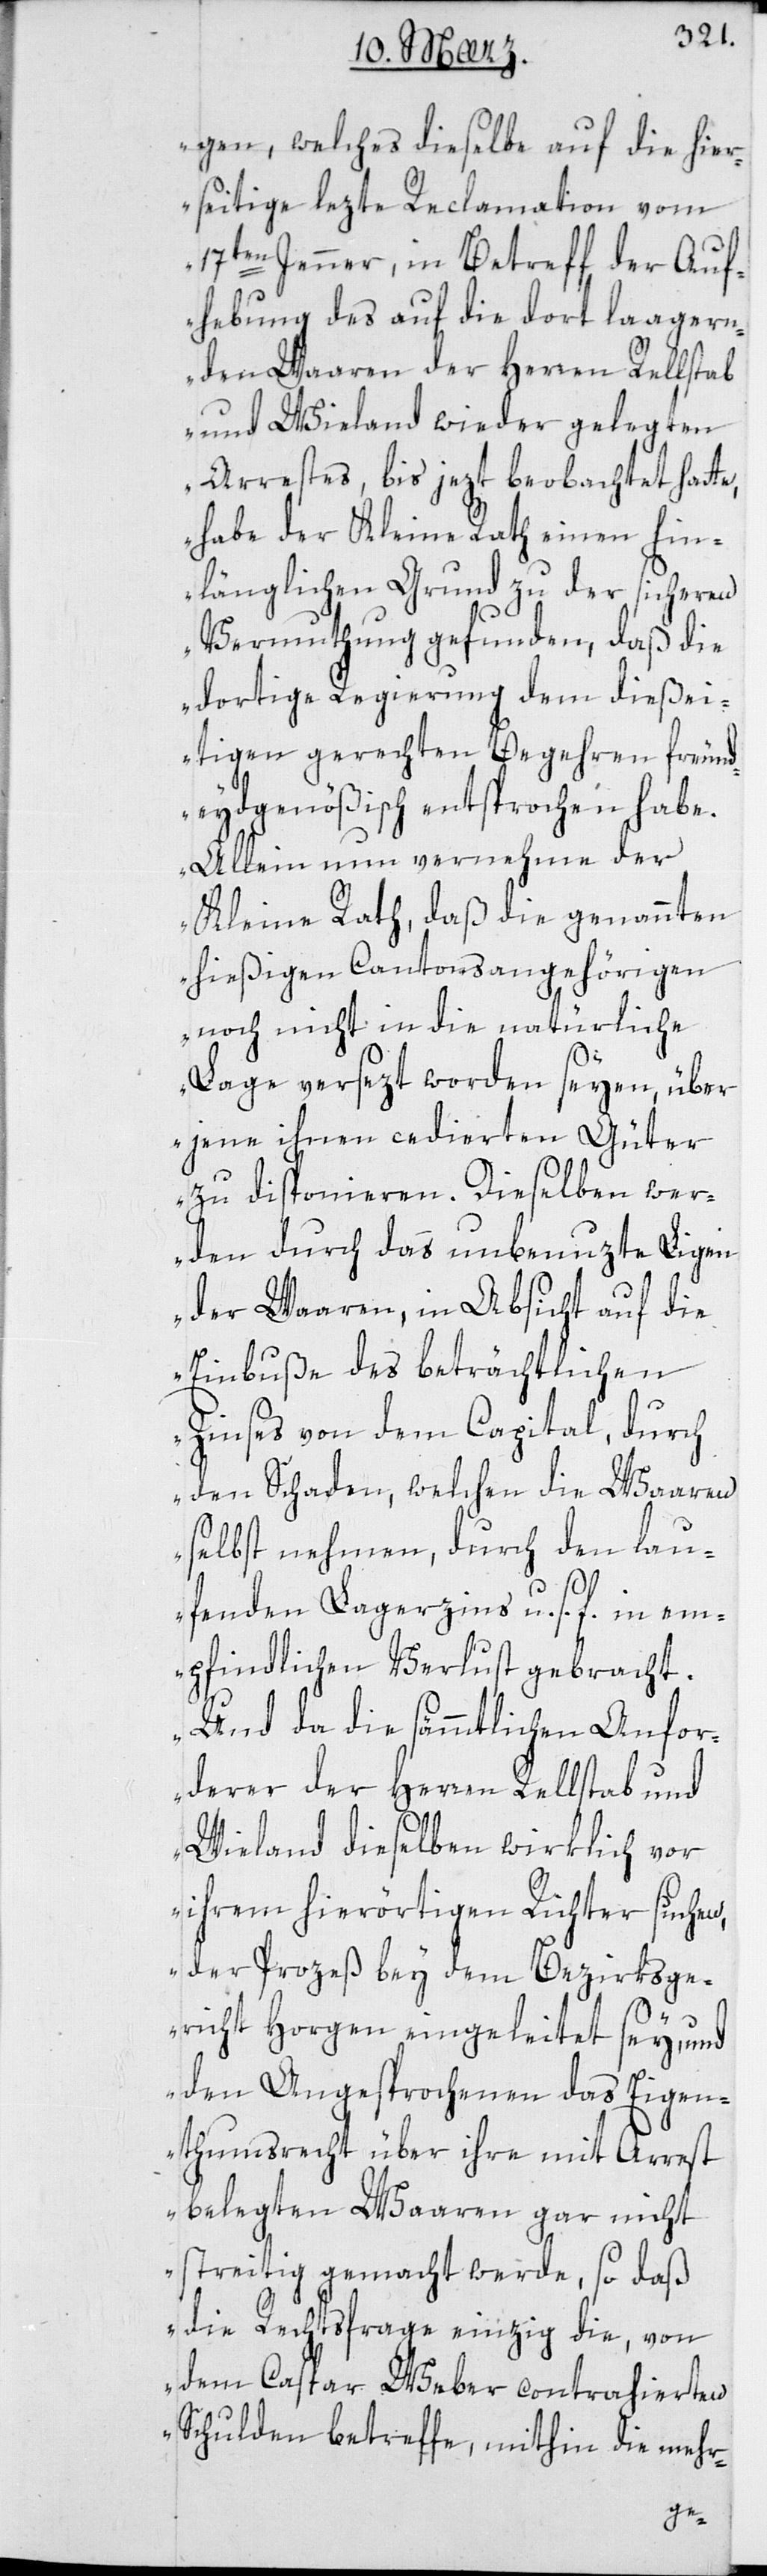
gen, welches dieselbe auf die hier¬
seitige lezte Reclamation vom
17ten Jenner, in Betreff der Auf¬
hebung des auf die dort lagern¬
den Waren der Herren Rellstab
und Wieland wieder gelegten
Arrestes bis jezt beobachtet hatte,
habe der Kleine Rath einen hin¬
länglichen Grund zu der sicheren
Vermutung gefunden, daß die
dortige Regierung dem dießei¬
tigen gerechten Begehren freund¬
eydgenößisch entsprochen habe.
Allein nun vernehme der
Kleine Rath, daß die genannten
hießigen Cantonsangehörigen
noch nicht in die natürliche
Lage versezt worden seyen, über
jene ihnen cedierten Güter
zu disponieren. Dieselben wer¬
den durch das unbenuzte Liegen
der Waaren, in Absicht auf die
Einbuße des beträchtlichen
Zinses von dem Capital, durch
den Schaden, welchen die Waaren
selbst nehmen, durch den lau¬
fenden Lagerzins u. s. f. in em¬
pfindlichen Verlust gebracht.
Und da die sämmtlichen Anfor¬
derer der Herren Rellstab und
Wieland dieselben wirklich vor
ihrem hierörtigen Richter suchen,
der Prozeß bey dem Bezirksge¬
richt Horgen eingeleitet sey, und
den Angesprochenen das Eigen¬
thumsrecht über ihre mit Arrest
belegten Waaren gar nicht
streitig gemacht werde, so daß
die Rechtsfrage einzig die, von
dem Caspar Weber contrahierten
Schulden betreffe, mithin die mehr-